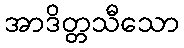
အာဒိတ္တသီသော